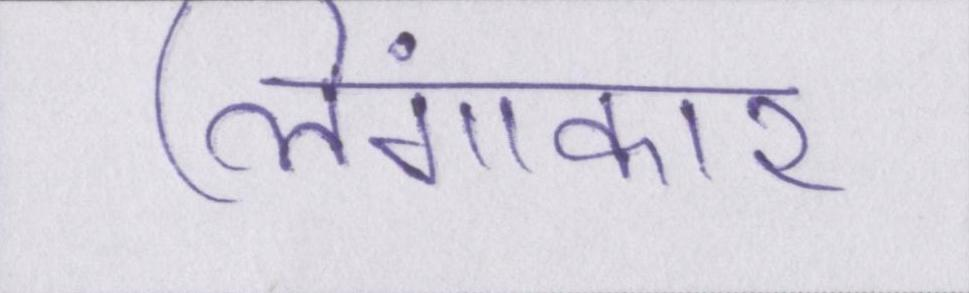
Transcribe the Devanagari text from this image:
लिंगाकार